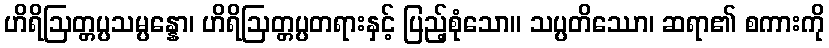
ဟိရိဩတ္တပ္ပသမ္ပန္နော၊ ဟိရိဩတ္တပ္ပတရားနှင့် ပြည့်စုံသော။ သပ္ပတိဿော၊ ဆရာ၏ စကားကို